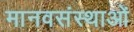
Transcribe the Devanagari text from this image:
मानवसंस्थाओं